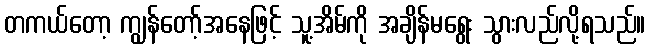
တကယ်တော့ ကျွန်တော့်အနေဖြင့် သူ့အိမ်ကို အချိန်မရွေး သွားလည်လို့ရသည်။